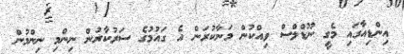
އިންޑިއާގައި މެގީ ނޫޑްލްސް ވިއްކުން މަނާކުރަން އެ ގައުމުގެ ސަރުކާރުން ނިންމި ނިންމުން